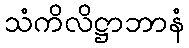
သံကိလိဋ္ဌာဘာနံ